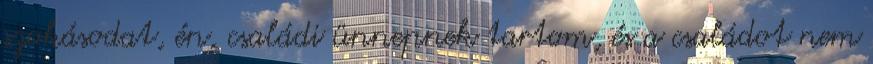
szokásodat, én, családi ünnepnek tartom, és a családot nem